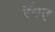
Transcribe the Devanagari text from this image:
रॅगर